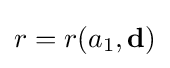
r=r(a_{1},\mathbf {d} )